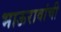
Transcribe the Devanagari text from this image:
भाऊरावांची